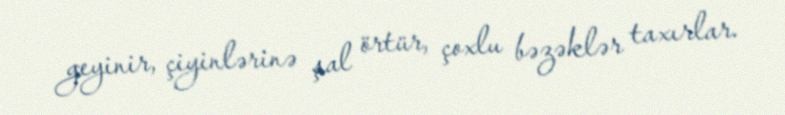
geyinir, çiyinlərinə şal örtür, çoxlu bəzəklər taxırlar.